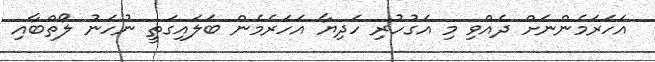
އަހަރަމެންނަށް ދެއްވި މި އަގުހުރި ހަދިޔާ އަހަރެމެން ބަލައިގަތީ ނުހަނު ލޯތްބާއި